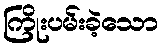
ကြိုးပမ်းခဲ့သော